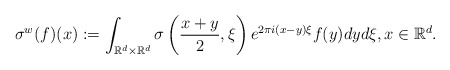
\begin{align*}\sigma^w (f)(x) := \int_{{\mathbb{R}^d} \times {\mathbb{R}^d}} \sigma\left(\frac{x+y}{2},\xi\right) e^{2\pi i(x-y)\xi} f(y) dy d\xi, x \in {\mathbb{R}^d}.\end{align*}